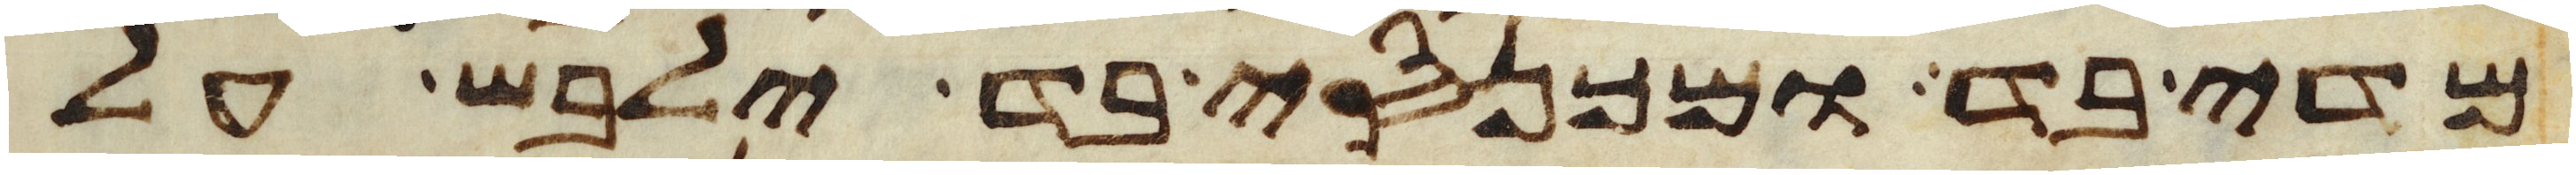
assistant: מדי בד ומכנסי בד ילבש על